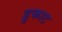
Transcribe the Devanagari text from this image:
डुकाट